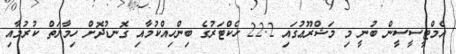
އެމްޓީސީސީން ބުނީ މި މަޝްރޫޢުގައި 22.2 ހެކްޓަރުގެ ބިންހިއްކުމާއި ގޮނޑުދޮށް ހިމާޔަތް ކުރުމާއި